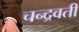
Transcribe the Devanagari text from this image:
चन्द्रवती